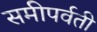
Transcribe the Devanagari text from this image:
समीपर्वती